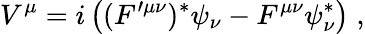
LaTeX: V^{\mu}=i\left((F^{\prime\mu\nu})^{*}\psi_{\nu}-F^{\mu\nu}\psi_{\nu}^{*}\right)\; ,